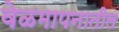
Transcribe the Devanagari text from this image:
वेळमापनातील